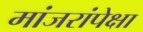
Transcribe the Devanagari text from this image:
मांजरांपेक्षा